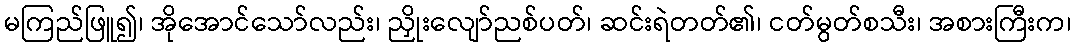
မကြည်ဖြူ၍၊ အိုအောင်သော်လည်း၊ ညှိုးလျော်ညစ်ပတ်၊ ဆင်းရဲတတ်၏၊ ငတ်မွတ်စသီး၊ အစားကြီးက၊